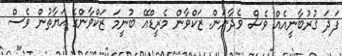
ފަދަ ޤުރުބާނީއެއް ވެސް ވެދާނަން. ޒަކްވާން މެރީޑްއޭ ބުނީމަ ޒަކްވާންގެ ޙަޔާތުން ވެސް